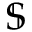
\mathbb { S }